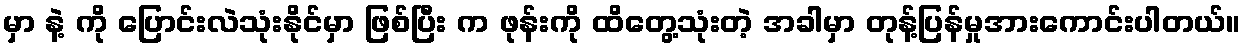
မှာ နဲ့ ကို ပြောင်းလဲသုံးနိုင်မှာ ဖြစ်ပြီး က ဖုန်းကို ထိတွေ့သုံးတဲ့ အခါမှာ တုန့်ပြန်မှုအားကောင်းပါတယ်။